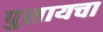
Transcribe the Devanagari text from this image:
पुसायचा